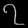
Digit: ၇